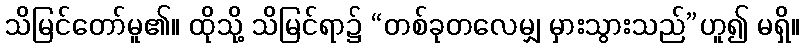
သိမြင်တော်မူ၏။ ထိုသို့ သိမြင်ရာ၌ “တစ်ခုတလေမျှ မှားသွားသည်”ဟူ၍ မရှိ။